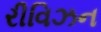
રીવિઝન